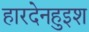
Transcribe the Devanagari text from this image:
हारदेनहुइश